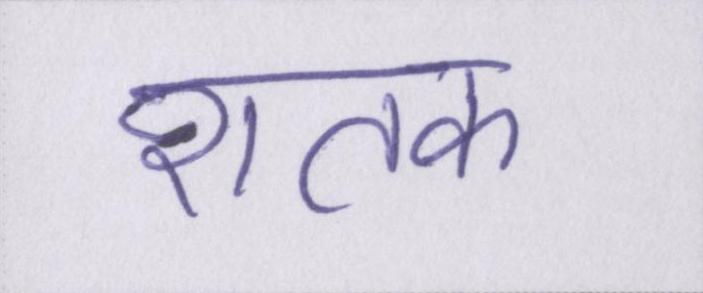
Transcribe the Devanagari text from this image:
शतक